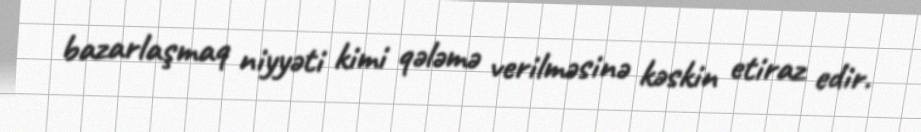
bazarlaşmaq niyyəti kimi qələmə verilməsinə kəskin etiraz edir.